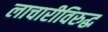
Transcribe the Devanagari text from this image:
लाचारीविरुद्ध